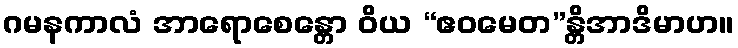
ဂမနကာလံ အာရောစေန္တော ဝိယ “ဧဝမေတ”န္တိအာဒိမာဟ။